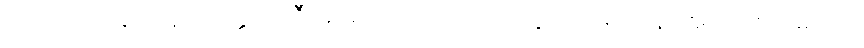
သတ်မှတ်ချက်ရှိ သတ္တဝါကြီးများ တောင်ယာထဲတွင် ဆရာဝန် အလင်းပြရေးကို